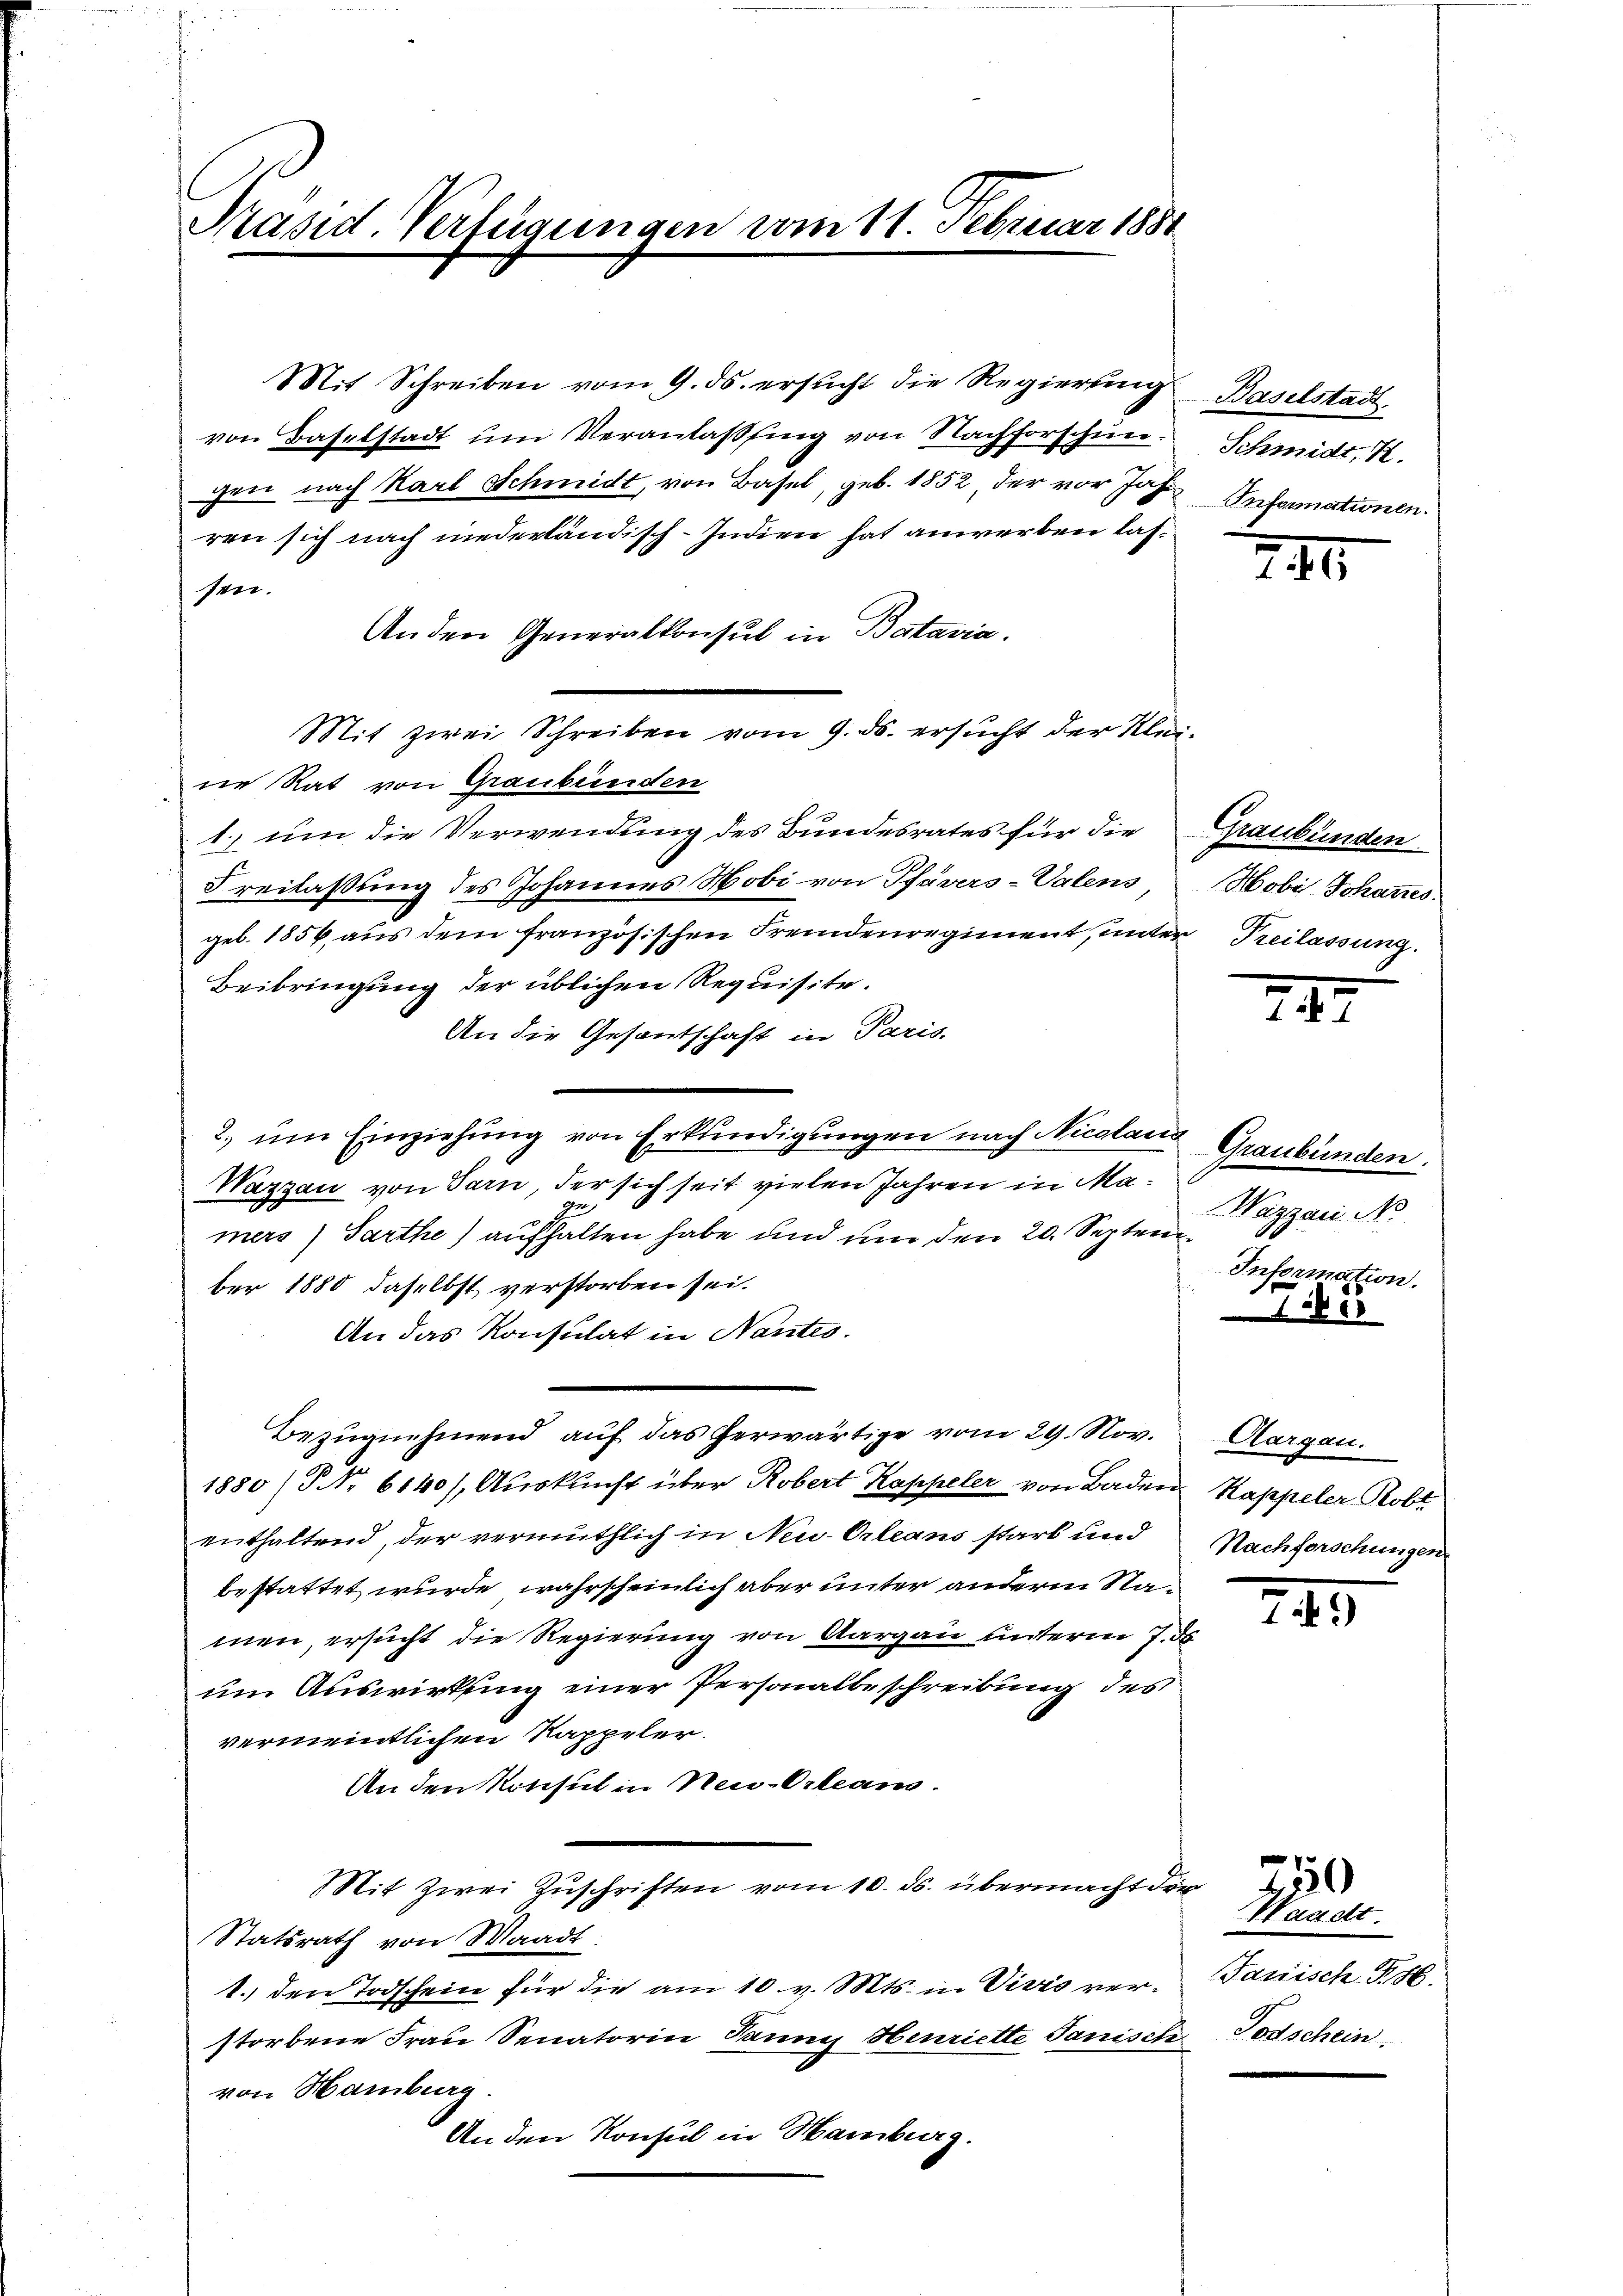
Präsid. Verfügungen vom 11. Februar 1881

Mit Schreiben vom 9. ds. ersucht die Regierung
von Baselstadt um Veranlassung von Nachforschen.
gen nach Karl Schmidt, von Basel, geb. 1852, der vor Jahr
ren sich nach niederländisch-Indien hat anwerben lassen.
An den Generalkonsul in Bataria.
Mit zwei Schreiben vom 9. ds. ersucht der Kleine Rat von Graubünden
1. um die Verwendung des Bundesrates für die
Freilassung des Johannes Hobi von Pfavers-Valens
geb. 1856, aus dem französischen Fremdenregienent, unter¬
Beibringung der üblichen Requisite.
An die Gesantschaft in Paris.
2. ŭm Einziehŭng von Erkundigŭngen nach Nicolaus Graubünden.
Wazzau von Garn, der sich seit vielen Jahren in Ma¬
2
mers) Parthe) aufhalten habe und um den 20. Septem
ber 1880 daselbst verstorben sei.
An das Konsulat in Nantes.
Bezugnehmend auf das herwärtige vom 29. Nov.
1880 / Nr. 6040/, Auskunft über Robert Kappeler von Baden Kappeler Robt
enthaltend, der vermuthlich in Neu-Orleans starb und
bestattet wurde, wahrscheinlich aber unter anderm Stamen, ersucht die Regierung von Aargau unterm 7. de
um Auswirkung einer Personalbeschreibung des
vermeintlichen Kappeler.
An den Konsul in Neu-Orleans
Nit zwei Zuschriften vom 10. ds. übermacht die
Statsrath von Waadt
1.) den Todschein für die am 10 v. Mts. in Vivio verstorbene Frau Senatorin Tannes Henriette Janisch
von Hamburg.
An den Konsul in Hamburg.

Baselstadt
Schmidt, I.
Informationen.

IIII

Graubünden
Hobis Johannes
" Treilassung.

24.

Wazzan No
Information.

1788

Aargau.
Nachforschungen

.

245

r
Waadt.
Janisch. S. 86.
Todschein.

250